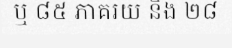
ឬ ៨៥ ភាគរយ និង ២៨